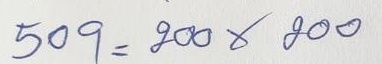
509 = 200 x 200